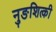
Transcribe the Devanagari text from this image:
नुङशित्की